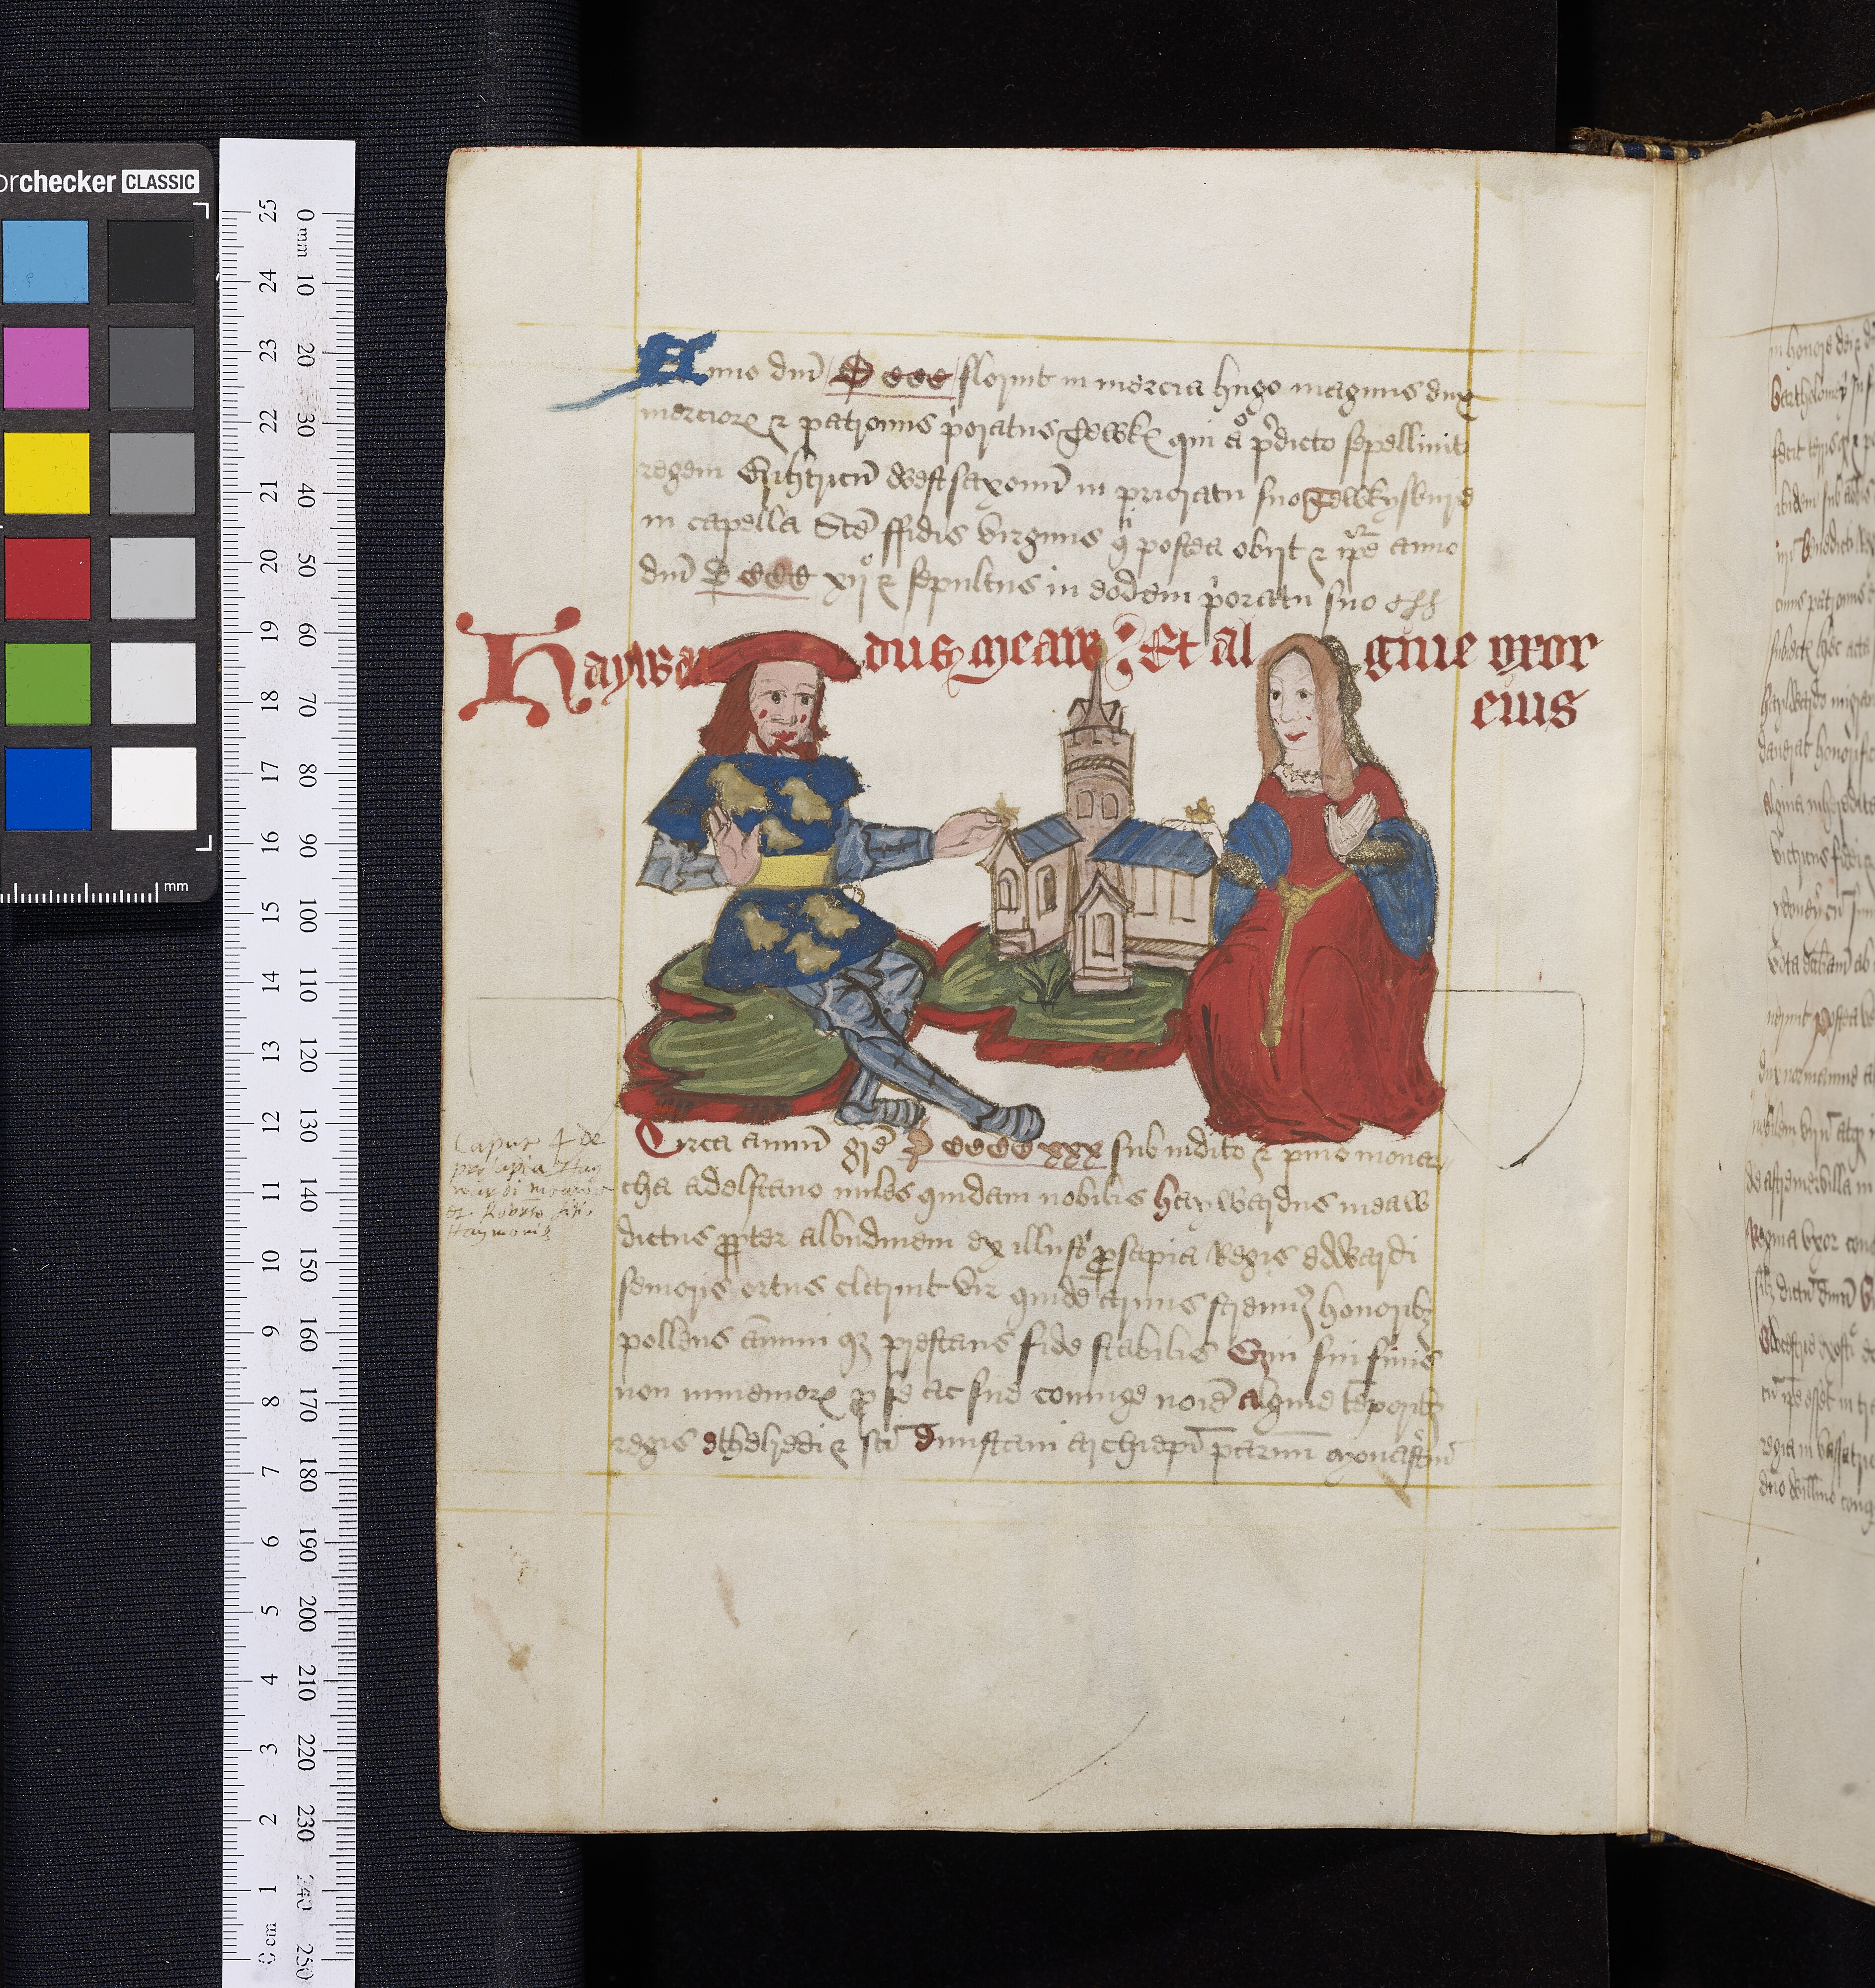
Shelfmark: Oxford, Bodleian Library, ms. Top. Glouc. d. 2
Century: 16